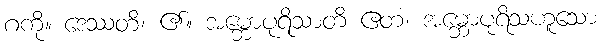
ဂကို။ ဒေဿတိ၊ ၏။ အမ္ဘောပုရိသာတိ ဧတံ၊ အမ္ဘောပုရိသဟူသော